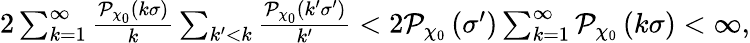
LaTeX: \begin{array}{r}{2\sum_{k=1}^{\infty}\frac{\mathcal{P}_{\chi_{0}}\left(k\sigma\right)}{k}\sum_{k^{\prime}<k}\frac{\mathcal{P}_{\chi_{0}}\left(k^{\prime}\sigma^{\prime}\right)}{k^{\prime}}<2\mathcal{P}_{\chi_{0}}\left(\sigma^{\prime}\right)\sum_{k=1}^{\infty}\mathcal{P}_{\chi_{0}}\left(k\sigma\right)<\infty,}\end{array}